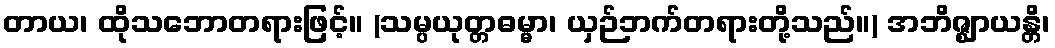
တာယ၊ ထိုသဘောတရားဖြင့်။ (သမ္ပယုတ္တဓမ္မာ၊ ယှဉ်ဘက်တရားတို့သည်။) အဘိဇ္ဈာယန္တိ၊